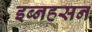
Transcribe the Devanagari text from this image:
इब्नहसन